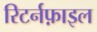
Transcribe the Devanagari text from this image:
रिटर्नफ़ाइल